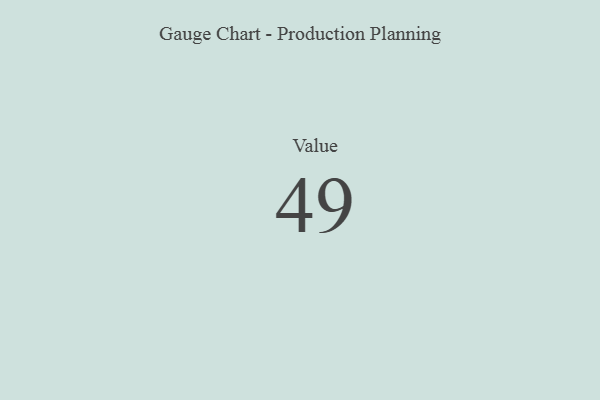
{"axis": {"x": "Metric", "y": "Value"}, "legend": [""], "data": [{"x": "Value", "y": 49, "type": ""}]}